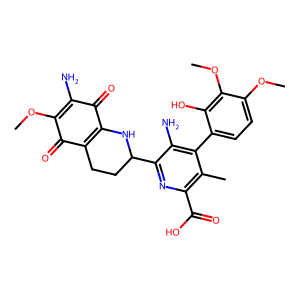
SMILES: COC1=C(N)C(=O)C2=C(CCC(c3nc(C(=O)O)c(C)c(-c4ccc(OC)c(OC)c4O)c3N)N2)C1=O
Inhibits HIV replication: No